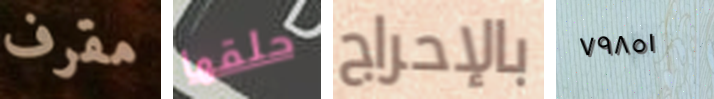
مقرف حلقها بالإحراج ٧٩٨٥١